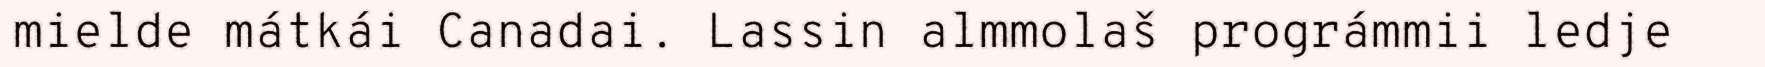
mielde mátkái Canadai. Lassin almmolaš prográmmii ledje